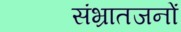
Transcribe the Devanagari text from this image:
संभ्रातजनों